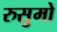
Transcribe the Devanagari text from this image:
रुसुमो